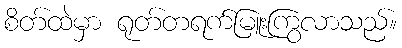
စိတ်ထဲမှာ ရုတ်တရက်မြူးကြွလာသည်။